Civil Veterinary Dept. Assam report 1927-50 - 1927-1950
Year: 1927
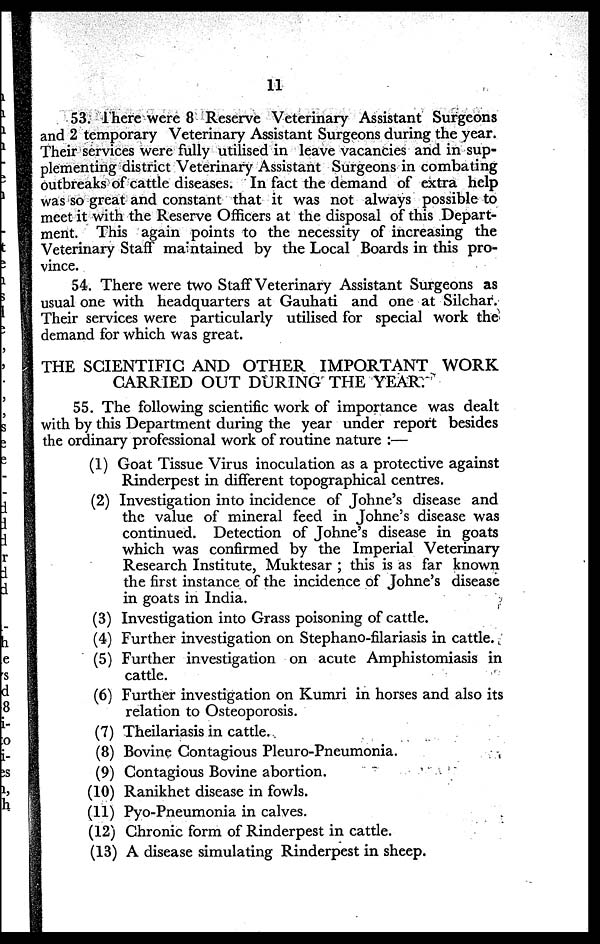
11
53. There were 8 Reserve Veterinary Assistant Surgeons
and 2 temporary Veterinary Assistant Surgeons during the year.
Their services were fully utilised in leave vacancies and in sup-
plementing district Veterinary Assistant Surgeons in combating
outbreaks of cattle diseases. In fact the demand of extra help
was so great and constant that it was not always possible to
meet it with the Reserve Officers at the disposal of this Depart-
ment. This again points to the necessity of increasing the
Veterinary Staff maintained by the Local Boards in this pro-
vince.
54. There were two Staff Veterinary Assistant Surgeons as
usual one with headquarters at Gauhati and one at Silchar.
Their services were particularly utilised for special work the
demand for which was great.
THE SCIENTIFIC AND OTHER IMPORTANT WORK
CARRIED OUT DURING THE YEAR.
55. The following scientific work of importance was dealt
with by this Department during the year under report besides
the ordinary professional work of routine nature :—
(1) Goat Tissue Virus inoculation as a protective against
Rinderpest in different topographical centres.
(2) Investigation into incidence of Johne's disease and
the value of mineral feed in Johne's disease was
continued. Detection of Johne's disease in goats
which was confirmed by the Imperial Veterinary
Research Institute, Muktesar; this is as far known
the first instance of the incidence of Johne's disease
in goats in India.
(3) Investigation into Grass poisoning of cattle.
(4) Further investigation on Stephano-filariasis in cattle.
(5) Further investigation on acute Amphistomiasis in
cattle.
(6) Further investigation on Kumri in horses and also its
relation to Osteoporosis.
(7) Theilariasis in cattle.
(8) Bovine Contagious Pleuro-Pneumonia.
(9) Contagious Bovine abortion.
(10) Ranikhet disease in fowls.
(11) Pyo-Pneumonia in calves.
(12) Chronic form of Rinderpest in cattle.
(13) A disease simulating Rinderpest in sheep.